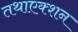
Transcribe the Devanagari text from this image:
तथाएक्शन